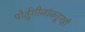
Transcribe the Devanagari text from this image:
पोर्तुगीजांकडूनही